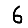
Digit: 6